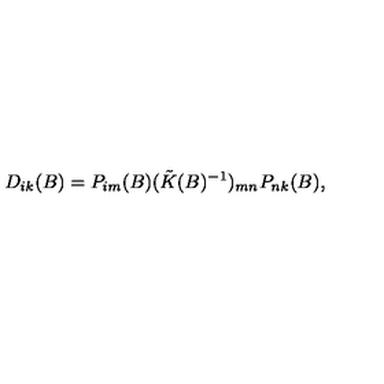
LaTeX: D _ { i k } ( B ) = P _ { i m } ( B ) ( \tilde { K } ( B ) ^ { - 1 } ) _ { m n } P _ { n k } ( B ) ,